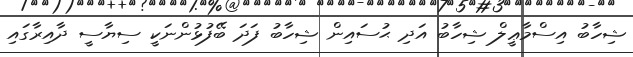
ޝިހާބު އިސްމާޢީލް ޝިހާބު އަދި ޙުސައިން ޝިހާބު ފަދަ ބޭފުޅުންނަކީ ސިޔާސީ ދާއިރާގައި